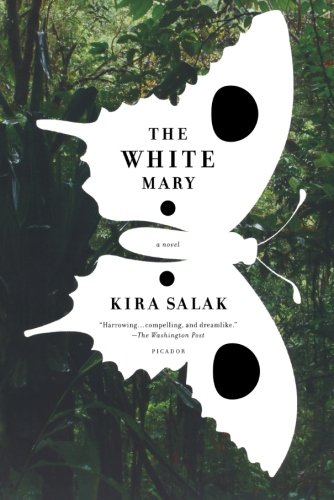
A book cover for The White Mary: A Novel; Kira Salak; Literature & Fiction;